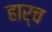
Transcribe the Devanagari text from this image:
हार्च